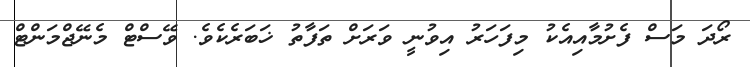
ރޯދަ މަސް ފެށުމާއިއެކު މިފަހަރު އިވުނީ ވަރަށް ތަފާތު ޚަަބަރެކެވެ. ވޭސްޓް މެނޭޖްމަންޓް